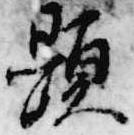
顕